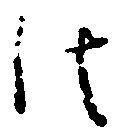
法